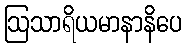
ဩသာရိယမာနာနိပေ